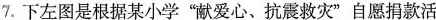
7.下左图是根据某小学”献爱心、抗震救灾”自愿捐款活